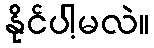
နိုင်ပါ့မလဲ။